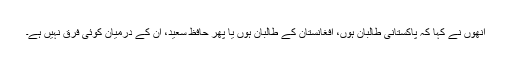
انھوں نے کہا کہ پاکستانی طالبان ہوں، افغانستان کے طالبان ہوں یا پھر حافظ سعید، ان کے درمیان کوئی فرق نہیں ہے۔